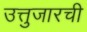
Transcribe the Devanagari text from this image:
उत्तुजारची